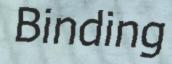
Binding